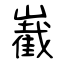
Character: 嶻